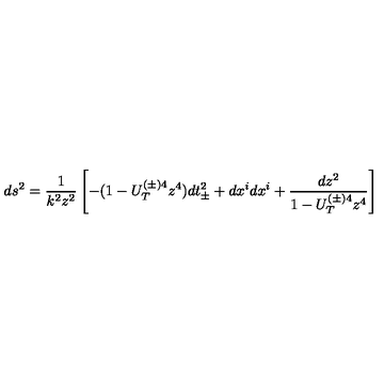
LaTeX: d s ^ { 2 } = \frac { 1 } { k ^ { 2 } z ^ { 2 } } \left[ - ( 1 - U _ { T } ^ { ( \pm ) 4 } z ^ { 4 } ) d t _ { \pm } ^ { 2 } + d x ^ { i } d x ^ { i } + \frac { d z ^ { 2 } } { 1 - U _ { T } ^ { ( \pm ) 4 } z ^ { 4 } } \right]